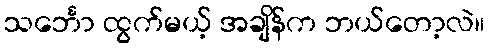
သင်္ဘော ထွက်မယ့် အချိန်က ဘယ်တော့လဲ။